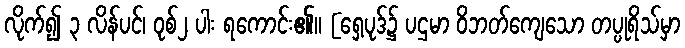
လိုက်၍ ၃ လိန်ပင်၊ ဝုစ်၂ ပါး ရကောင်း၏။ [ရှေ့ပုဒ်၌ ပဌမာ ဝိဘတ်ကျေသော တပ္ပုရိသ်မှာ